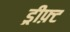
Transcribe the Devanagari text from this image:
ड्रीफ़्ट